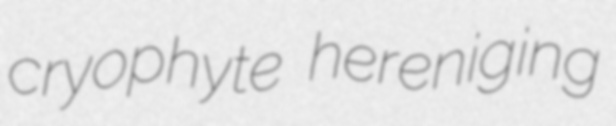
cryophyte hereniging